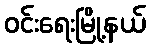
ဝင်းရေးမြို့နယ်